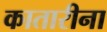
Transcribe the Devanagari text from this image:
कातारीना